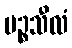
ပဉ္စသီလံ